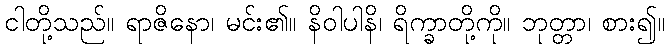
ငါတို့သည်။ ရာဇိနော၊ မင်း၏။ နိဝါပါနိ၊ ရိက္ခာတို့ကို။ ဘုတ္တာ၊ စား၍။